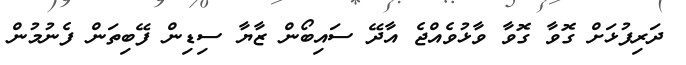
ދަރިފުޅަށް ގޮވާ ގޮވާ ވާޅުވެއްޖެ އާދޭ ސައިބޯން ޒާޔާ ސިޑިން ފޭބިތަން ފެނުމުން